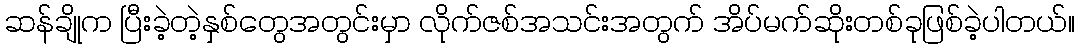
ဆန်ချိုက ပြီးခဲ့တဲ့နှစ်တွေအတွင်းမှာ လိုက်ဇစ်အသင်းအတွက် အိပ်မက်ဆိုးတစ်ခုဖြစ်ခဲ့ပါတယ်။